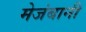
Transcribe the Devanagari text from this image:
मेजंबानी